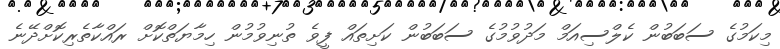
މިކަމުގެ ސަބަބުން ކެލްސިއަމް މަދުވުމުގެ ސަބަބުން ކަށިތައް ފީވެ ތުނިވުމުން ހިމާޔަތްކޮށް ރައްކާތެރިކޮށްދޭނެ